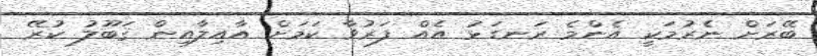
ބޭރަށް ނެރުމަކީ އެންމެ ރަނގަޅު އެއް ފަރުވާ ކަމަށް އާއިލާއިން ޤަބޫލު ކުރޭ